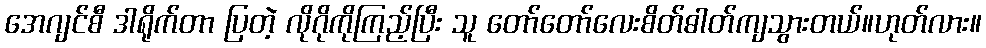
အေဂျင်စီ ဒါရိုက်တာ ပြတဲ့ လိုဂိုကိုကြည့်ပြီး သူ တော်တော်လေးစိတ်ဓါတ်ကျသွားတယ်။ဟုတ်လား။